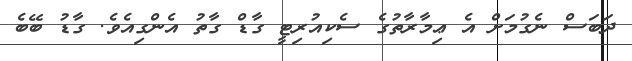
ދަބަސް ނެގުމަށް އެ ޢިމާރާތުގެ ސެކިއުރިޓީ ގާޑް ގާތު އެންގިއެވެ. ގާޑު ބޭބެ